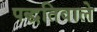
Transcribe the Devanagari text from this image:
पद्धतिवाले